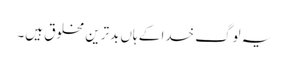
یہ لوگ خدا کے ہاں بدترین مخلوق ہیں۔